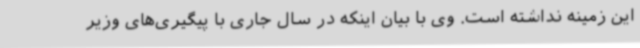
این زمینه نداشته است. وی با بیان اینکه در سال جاری با پیگیری‌های وزیر